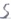
Text: S